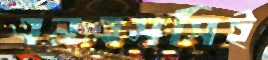
এনএসসিই